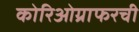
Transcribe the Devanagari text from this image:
कोरिओग्राफरची